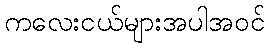
ကလေးငယ်များအပါအဝင်